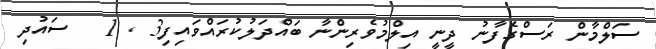
ސަލްމާން ރަސްގެފާނު ދީނީ އިލްމުވެރިންނާ ބައްދަލުކުރައްވައިފި3